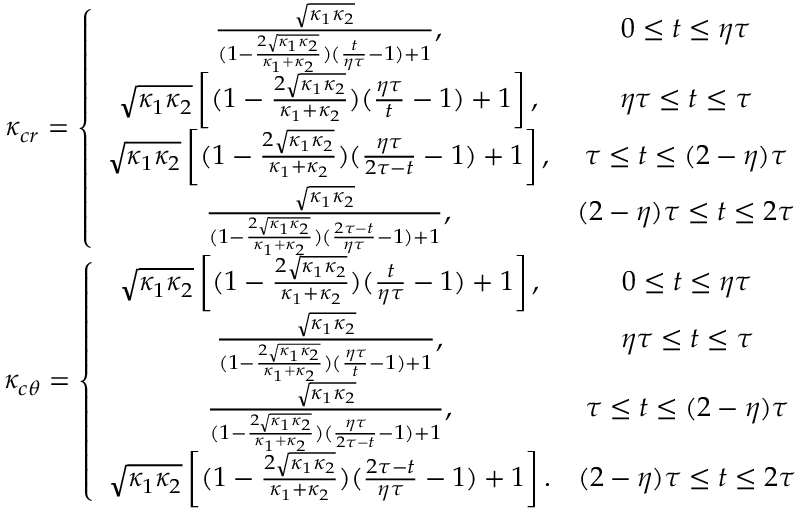
\begin{array} { c } { \kappa _ { c r } = \left\lbrace \begin{array} { c c } { \frac { \sqrt { \kappa _ { 1 } \kappa _ { 2 } } } { ( 1 - \frac { 2 \sqrt { \kappa _ { 1 } \kappa _ { 2 } } } { \kappa _ { 1 } + \kappa _ { 2 } } ) ( \frac { t } { \eta \tau } - 1 ) + 1 } , } & { 0 \le t \le \eta \tau } \\ { \sqrt { \kappa _ { 1 } \kappa _ { 2 } } \left[ ( 1 - \frac { 2 \sqrt { \kappa _ { 1 } \kappa _ { 2 } } } { \kappa _ { 1 } + \kappa _ { 2 } } ) ( \frac { \eta \tau } { t } - 1 ) + 1 \right] , } & { \eta \tau \le t \le \tau } \\ { \sqrt { \kappa _ { 1 } \kappa _ { 2 } } \left[ ( 1 - \frac { 2 \sqrt { \kappa _ { 1 } \kappa _ { 2 } } } { \kappa _ { 1 } + \kappa _ { 2 } } ) ( \frac { \eta \tau } { 2 \tau - t } - 1 ) + 1 \right] , } & { \tau \le t \le ( 2 - \eta ) \tau } \\ { \frac { \sqrt { \kappa _ { 1 } \kappa _ { 2 } } } { ( 1 - \frac { 2 \sqrt { \kappa _ { 1 } \kappa _ { 2 } } } { \kappa _ { 1 } + \kappa _ { 2 } } ) ( \frac { 2 \tau - t } { \eta \tau } - 1 ) + 1 } , } & { ( 2 - \eta ) \tau \le t \le 2 \tau } \end{array} \right. } \\ { \kappa _ { c \theta } = \left\lbrace \begin{array} { c c } { \sqrt { \kappa _ { 1 } \kappa _ { 2 } } \left[ ( 1 - \frac { 2 \sqrt { \kappa _ { 1 } \kappa _ { 2 } } } { \kappa _ { 1 } + \kappa _ { 2 } } ) ( \frac { t } { \eta \tau } - 1 ) + 1 \right] , } & { 0 \le t \le \eta \tau } \\ { \frac { \sqrt { \kappa _ { 1 } \kappa _ { 2 } } } { ( 1 - \frac { 2 \sqrt { \kappa _ { 1 } \kappa _ { 2 } } } { \kappa _ { 1 } + \kappa _ { 2 } } ) ( \frac { \eta \tau } { t } - 1 ) + 1 } , } & { \eta \tau \le t \le \tau } \\ { \frac { \sqrt { \kappa _ { 1 } \kappa _ { 2 } } } { ( 1 - \frac { 2 \sqrt { \kappa _ { 1 } \kappa _ { 2 } } } { \kappa _ { 1 } + \kappa _ { 2 } } ) ( \frac { \eta \tau } { 2 \tau - t } - 1 ) + 1 } , } & { \tau \le t \le ( 2 - \eta ) \tau } \\ { \sqrt { \kappa _ { 1 } \kappa _ { 2 } } \left[ ( 1 - \frac { 2 \sqrt { \kappa _ { 1 } \kappa _ { 2 } } } { \kappa _ { 1 } + \kappa _ { 2 } } ) ( \frac { 2 \tau - t } { \eta \tau } - 1 ) + 1 \right] . } & { ( 2 - \eta ) \tau \le t \le 2 \tau } \end{array} \right. } \end{array}